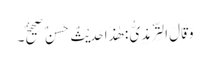
وَقَالَ التِّرْمِذِیُّ : ھٰذَا حَدِیْثٌ حَسَنٌ صَحِیْحٌ۔